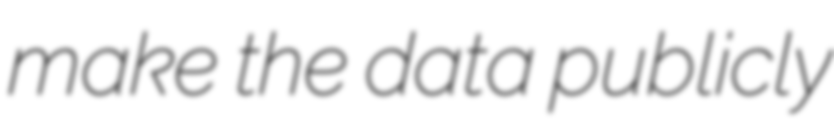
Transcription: make the data publicly